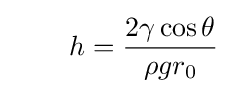
\qquad h={\frac {2\gamma \cos \theta }{\rho gr_{0}}}